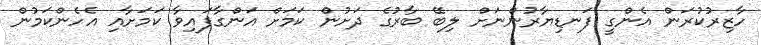
ހާޒިރުކުރަން އެންގީ ފަނޑިޔާރުންނަށް ލިބޭ ބާރުގެ ދަށުން ކަމަށް އަންގާފައިވާ ކަމަށާއި އެހެންކަމުން